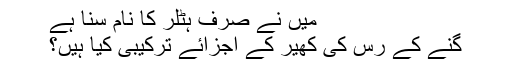
میں نے صرف ہٹلر کا نام سنا ہے
گنے کے رس کی کھیر کے اجزائے ترکیبی کیا ہیں؟